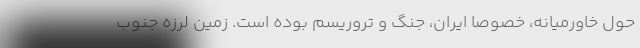
حول خاورمیانه، خصوصا ایران، جنگ و تروریسم بوده است. زمین لرزه جنوب